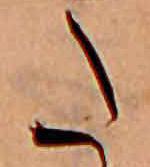
た